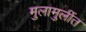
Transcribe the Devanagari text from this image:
मुलामुलींत